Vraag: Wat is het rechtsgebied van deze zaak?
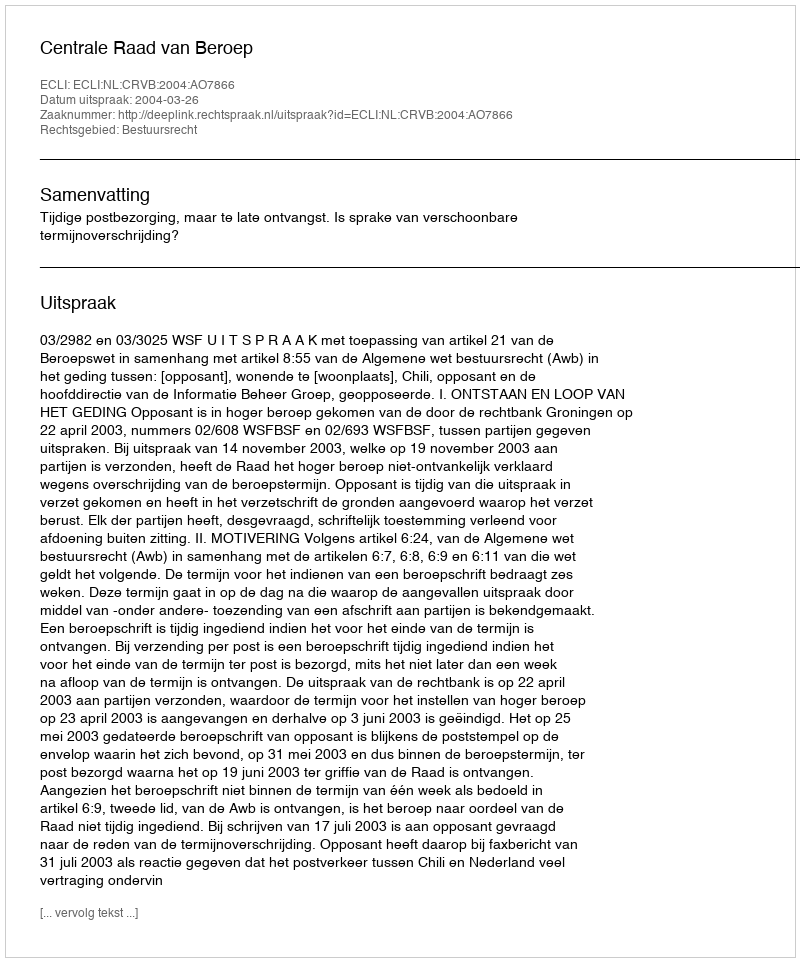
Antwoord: Bestuursrecht